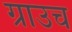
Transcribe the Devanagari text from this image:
ग्राउच